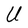
Character: U